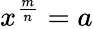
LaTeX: x^{\frac{m}{n}}=a